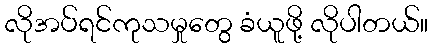
လိုအပ်ရင်ကုသမှုတွေ ခံယူဖို့ လိုပါတယ်။